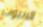
الانبوب